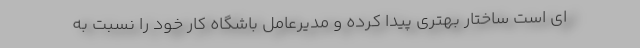
ای است ساختار بهتری پیدا کرده و مدیرعامل باشگاه کار خود را نسبت به